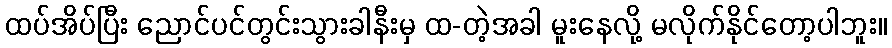
ထပ်အိပ်ပြီး ညောင်ပင်တွင်းသွားခါနီးမှ ထ-တဲ့အခါ မူးနေလို့ မလိုက်နိုင်တော့ပါဘူး။